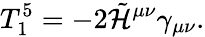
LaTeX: T_{1}^{5}=-2\tilde{\cal H}^{\mu\nu}\gamma_{\mu\nu}.